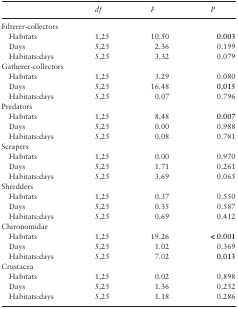
<table><thead><tr><td></td><td><b><i>df</i></b></td><td><b><i>F</i></b></td><td><b><i>P</i></b></td></tr></thead><tbody><tr><td colspan="4">Filterer-collectors</td></tr><tr><td> Habitats</td><td>1,25</td><td>10.50</td><td><b>0.003</b></td></tr><tr><td> Days</td><td>5,25</td><td>2.36</td><td>0.199</td></tr><tr><td> Habitats:days</td><td>5,25</td><td>3.32</td><td>0.079</td></tr><tr><td colspan="4">Gatherer-collectors</td></tr><tr><td> Habitats</td><td>1,25</td><td>3.29</td><td>0.080</td></tr><tr><td> Days</td><td>5,25</td><td>16.48</td><td><b>0.015</b></td></tr><tr><td> Habitats:days</td><td>5,25</td><td>0.07</td><td>0.796</td></tr><tr><td colspan="4">Predators</td></tr><tr><td> Habitats</td><td>1,25</td><td>8.48</td><td><b>0.007</b></td></tr><tr><td> Days</td><td>5,25</td><td>0.00</td><td>0.988</td></tr><tr><td> Habitats:days</td><td>5,25</td><td>0.08</td><td>0.781</td></tr><tr><td colspan="4">Scrapers</td></tr><tr><td> Habitats</td><td>1,25</td><td>0.00</td><td>0.970</td></tr><tr><td> Days</td><td>5,25</td><td>1.71</td><td>0.261</td></tr><tr><td> Habitats:days</td><td>5,25</td><td>3.69</td><td>0.065</td></tr><tr><td colspan="4">Shredders</td></tr><tr><td> Habitats</td><td>1,25</td><td>0.37</td><td>0.550</td></tr><tr><td> Days</td><td>5,25</td><td>0.35</td><td>0.587</td></tr><tr><td> Habitats:days</td><td>5,25</td><td>0.69</td><td>0.412</td></tr><tr><td colspan="4">Chironomidae</td></tr><tr><td> Habitats</td><td>1,25</td><td>19.26</td><td><b>&lt; 0.001</b></td></tr><tr><td> Days</td><td>5,25</td><td>1.02</td><td>0.369</td></tr><tr><td> Habitats:days</td><td>5,25</td><td>7.02</td><td><b>0.013</b></td></tr><tr><td colspan="4">Crustacea</td></tr><tr><td> Habitats</td><td>1,25</td><td>0.02</td><td>0.898</td></tr><tr><td> Days</td><td>5,25</td><td>1.36</td><td>0.252</td></tr><tr><td> Habitats:days</td><td>5,25</td><td>1.18</td><td>0.286</td></tr></tbody></table>